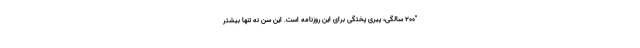
"200 سالگی، پیری پختگی برای این روزنامه است. این سن نه تنها بیشتر